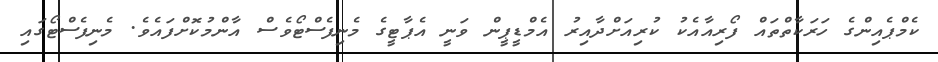
ކެމްޕެއިންގެ ހަރަކާތްތައް ފޯރިއާއެކު ކުރިއަށްދާއިރު އެމްޑީޕީން ވަނީ އެޕާޓީގެ މެނިފެސްޓޯވެސް އާންމުކޮށްފައެވެ. މެނިފެސްޓޯގައި